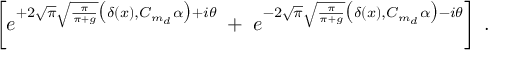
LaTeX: \left[ e ^ { + 2 \sqrt { \pi } \sqrt { \frac { \pi } { \pi + g } } \big ( \delta ( x ) , C _ { m _ { d } } \alpha \big ) + i \theta } \; + \; e ^ { - 2 \sqrt { \pi } \sqrt { \frac { \pi } { \pi + g } } \big ( \delta ( x ) , C _ { m _ { d } } \alpha \big ) - i \theta } \right] \; .